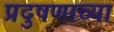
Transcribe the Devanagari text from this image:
प्रदुषणाच्या